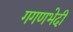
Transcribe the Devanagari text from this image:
गगणभेदी